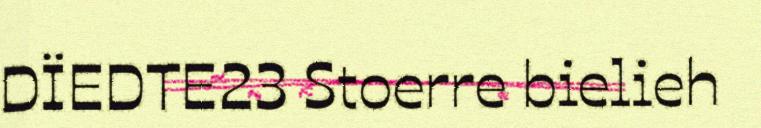
DÏEDTE23 Stoerre bielieh